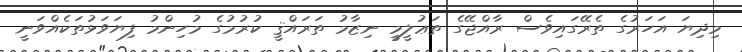
މިދިޔަ އަހަރުގެ ތެރޭގައިވެސް ރާއްޖޭގެ ތަޢުލީމީ ނިޒާމު ތަރައްޤީ ކުރުމުގެ މުހިންމު ފިޔަވަޅުތަކެއްވަނީ